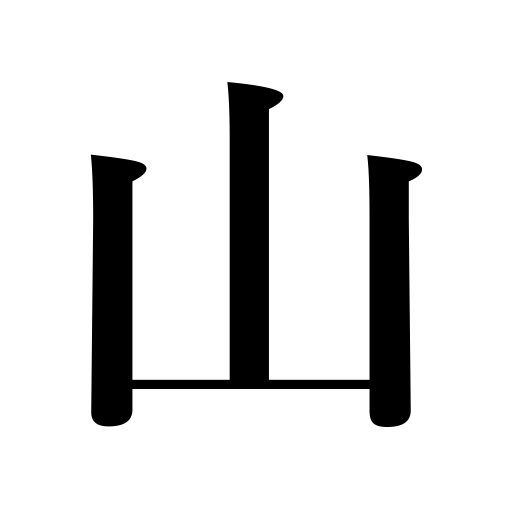
Meanings: hill,mine,forest,climax,knoll,crown of a hat,adventure,crisis,speculation,pile,mountain,mount,acme,height,heap,seam of an obi